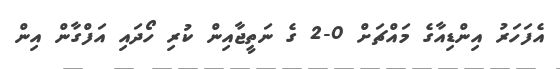
އެފަހަރު އިންޑިއާގެ މައްޗަށް 0-2 ގެ ނަތީޖާއިން ކުރި ހޯދައި އަފްގާން އިން